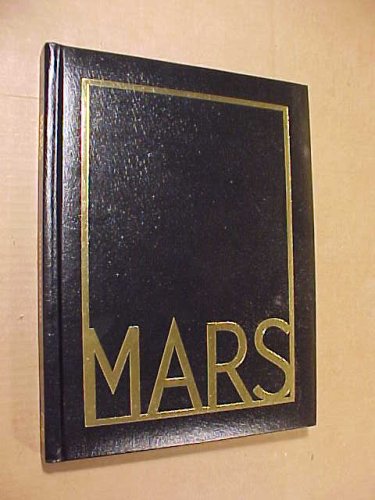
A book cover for MARS: Uncovering the Secrets of the Red Planet (3-D Deluxe Edition); Paul Raeburn; Science & Math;